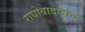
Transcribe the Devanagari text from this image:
राघोबादादाच